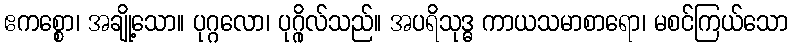
ဧကစ္စော၊ အချို့သော။ ပုဂ္ဂလော၊ ပုဂ္ဂိုလ်သည်။ အပရိသုဒ္ဓ ကာယသမာစာရော၊ မစင်ကြယ်သော